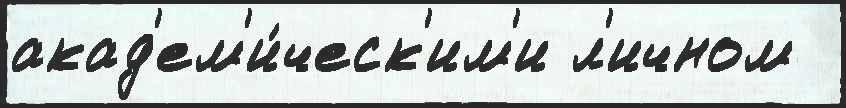
акад'ем'и́ческ'им'и л'ичном